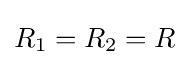
R_{1}=R_{2}=R